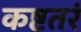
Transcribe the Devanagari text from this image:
कष्टतरं